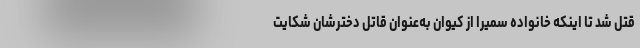
قتل شد تا اینکه خانواده سمیرا از کیوان به‌عنوان قاتل دخترشان شکایت